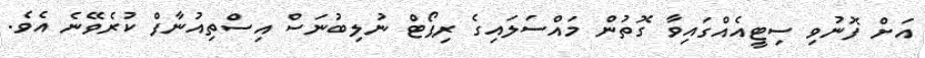
އަށް ފޮނުވި ސިޓީއެއްގައިވާ ގޮތުން މައްސަލައިގެ ރިޕޯޓް ނުލިބުނަސް އިސްތިއުނާފް ކުރެވޭނެ އެވެ.